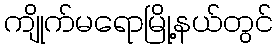
ကျိုက်မရောမြို့နယ်တွင်